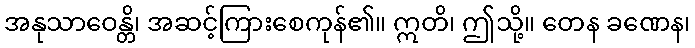
အနုသာဝေန္တိ၊ အဆင့်ကြားစေကုန်၏။ ဣတိ၊ ဤသို့။ တေန ခဏေန၊